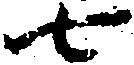
七